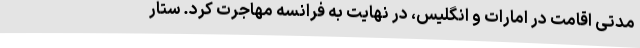
مدتی اقامت در امارات و انگلیس، در نهایت به فرانسه مهاجرت کرد. ستار